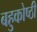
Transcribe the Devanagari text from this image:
बहुकोष्ठी